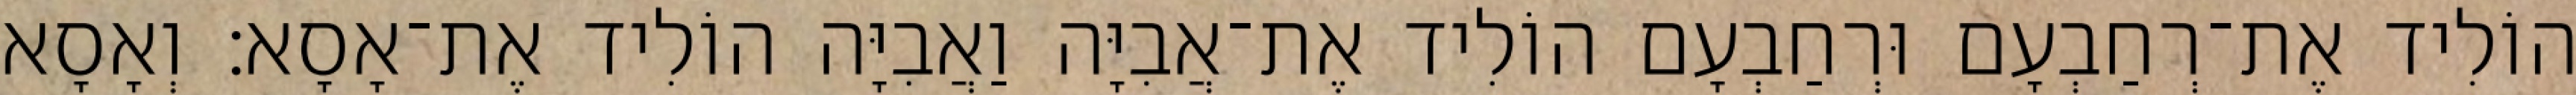
הוֹלִיד אֶת־רְחַבְעָם וּרְחַבְעָם הוֹלִיד אֶת־אֲבִיָּה וַאֲבִיָּה הוֹלִיד אֶת־אָסָא׃ וְאָסָא